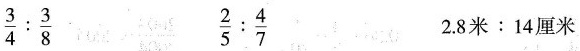
$$\frac { 3 } { 4 } : \frac { 3 } { 8 }$$ $$\frac { 2 } { 5 } : \frac { 4 } { 7 }$$ $$2 . 8 米 : 1 4 厘 米$$